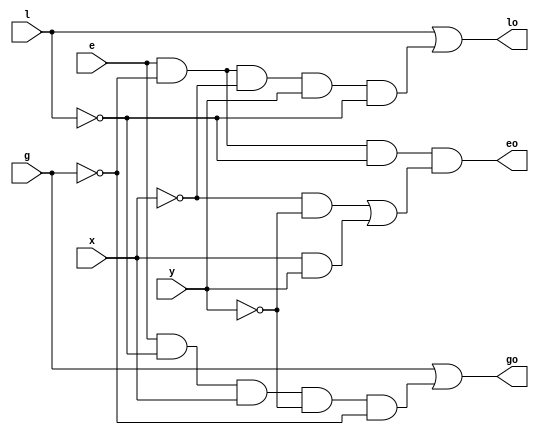
`timescale 1ns / 1ps
//////////////////////////////////////////////////////////////////////////////////
// Company: 
// Engineer: 
// 
// Design Name: 
// Module Name:    comp_start 
// Project Name: 
// Target Devices: 
// Tool versions: 
// Description: 
//
// Dependencies: 
//
// Revision: 
// Revision 0.01 - File Created
// Additional Comments: 
//
//////////////////////////////////////////////////////////////////////////////////
module comp_start(x,y,l,e,g,lo,eo,go);
input x,y,l,e,g;
output lo,eo,go;
wire lo,eo,go;

assign go=g|(e & (~l) & x & (~y) & (~g));
assign lo=l|(e & (~g) & (~x) & y & (~l));
assign eo=e&(~g)&(~l)&(((~x)&(~y)) | (x&y));

endmodule